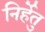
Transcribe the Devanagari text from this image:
निर्हेतु